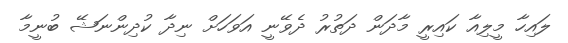
ލައިހާ މީލިއާ ކައިރީ މާދަން ދަތުރު ދެވޭނީ އަވަހަށް ނިދާ ކުދިންނަޝޭ ބުނީމާ